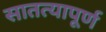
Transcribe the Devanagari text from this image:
सातत्यापूर्ण